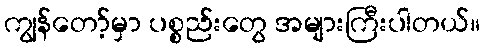
ကျွန်တော့်မှာ ပစ္စည်းတွေ အများကြီးပါတယ်။